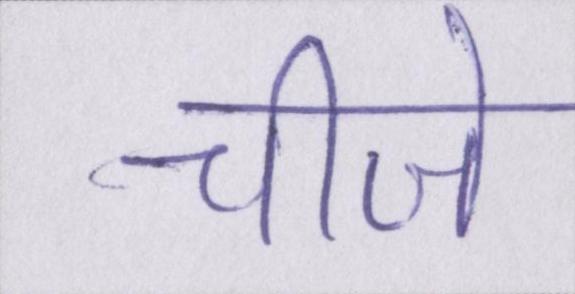
चीजे